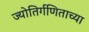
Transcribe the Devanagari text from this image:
ज्योतिर्गणिताच्या